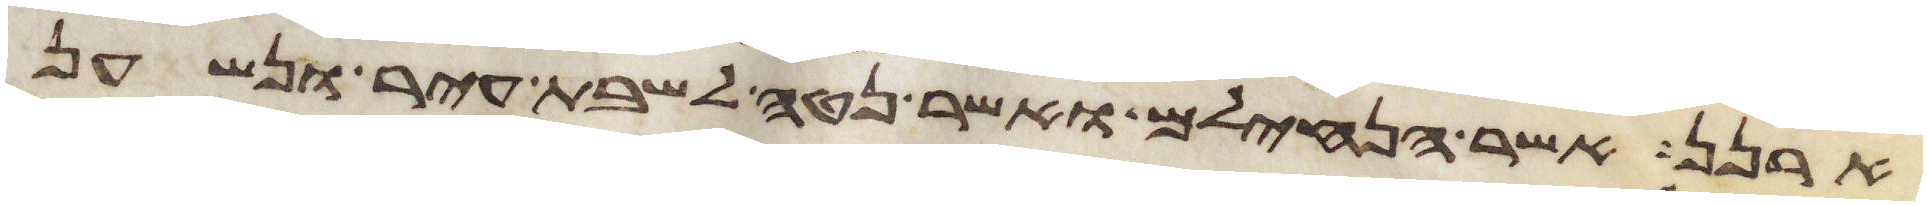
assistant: ארנן אשר הנחילם ואשר נטה לשבת עיר ונשען